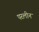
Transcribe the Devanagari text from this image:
परलीन